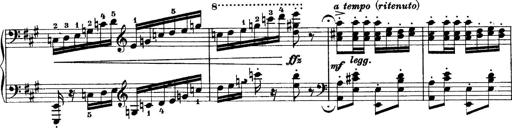
Title: Sonatina No.6
Composer: Ferruccio Busoni